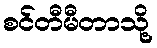
စင်တီမီတာသို့